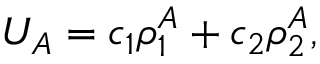
U _ { A } = c _ { 1 } \rho _ { 1 } ^ { A } + c _ { 2 } \rho _ { 2 } ^ { A } ,